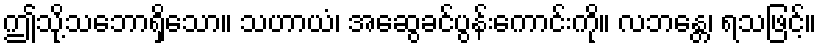
ဤသို့သဘောရှိသော။ သဟာယံ၊ အဆွေခင်ပွန်းကောင်းကို။ လဘန္တေ၊ ရသဖြင့်။